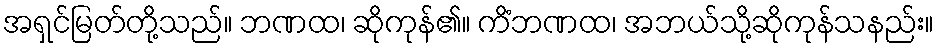
အရှင်မြတ်တို့သည်။ ဘဏထ၊ ဆိုကုန်၏။ ကိံဘဏထ၊ အဘယ်သို့ဆိုကုန်သနည်း။